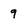
Character: 9